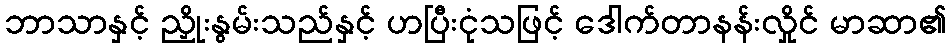
ဘာသာနှင့် ညှိုးနွမ်းသည်နှင့် ဟပြီးငုံသဖြင့် ဒေါက်တာနန်းလှိုင် မာဆာ၏